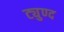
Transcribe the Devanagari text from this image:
ट्युण्द